Lunatic asylums Madras 1892-1911 - 1892-1911
Year: 1892
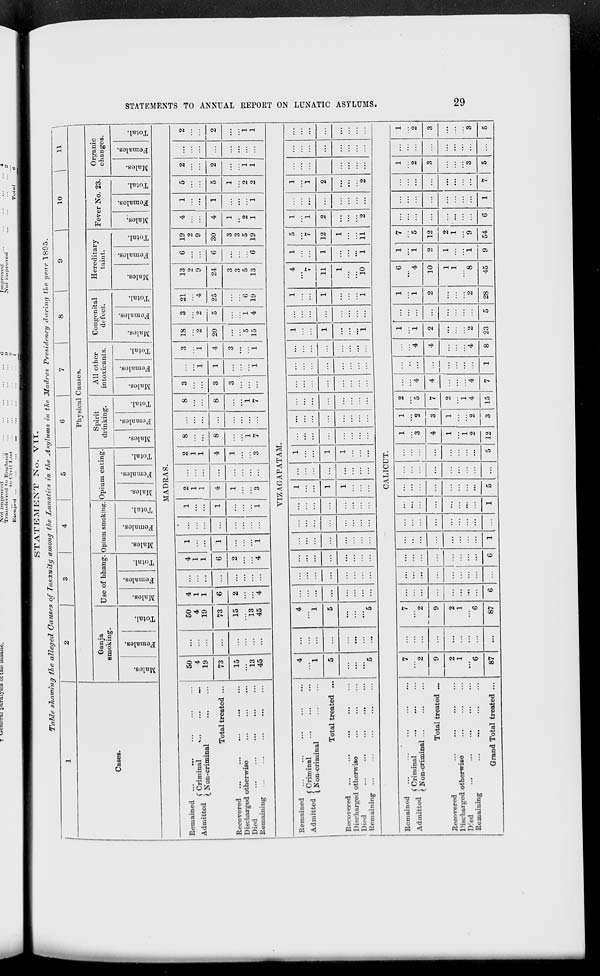
T v*enerai uaraiysis 01 cue insane.
IV" ot improved
Transferred to TCntrl:m<1
,.
to Civil List
K sen IMH! ...
Jinprovd
JN*ot iinprored
STATEMENT ]STo. VII.
Tahle showing the alleged Causes of Insanity among the Lunatics in the Asylums in the Madras Presidency during tie year 1805.
1
2
1 * 1 4
5
6
7
• 1 9 1 10 1 » I
Cases.
Physical Causes.
Ganja
smoking.
Use of bhang. Opium smoking. Opium eating.
Spirit
drinking.
All other
intoxicants.
Congenital
dffect.
Hereditary
taint.
Fever No. 23.
Organic
changes.
DO
O
"3
en
o
3 g
3
O
00
a
3
S 1
o5
0
3
0
E-t
no
O
3
m
0
3
S 3
O
o5
0
f==i
m
0
3
0
3
0
El
00
0
3
0$
3 c 3
0
m
O
3
o3
0
3
0 3
GO
(0
3
DO
O
3
£
Pn
3
0
&H
m
00
0
3
a 3
EH
0?
0
3
03
O
3
a
0
PR
3
0
EH
to
3
CO
0
3
a 3
0
MADRAS.
Remained
.. .„
(Criminal
*..
Admitted J XT
• • i
(_N on-criminal
Total treated ...
Recovered ...
...
...
...
D i scharged otherwise
Died
Remaining
50
4
19
...
50
4
19
4
1
1
6
2
4
...
4
1
1
1 ...
1
2
1
1
...
2
1
1
8
8
1
7
8
3
1
1
3
i
4
18
2
20
5
15
3
2
5
i
4
21
4
25
6
19
13
2
9
6
G
6
19
2
9
30
4
4
1
1
1
5
5
2
2
...
2
73
...
73
6
1
1
4 ...
4
1
3
...
8
3
24
...
2
1
1
15
13
45
15
13
45
2
4
1
...
i
1
3 ...
...
i
7
3
1
3
1
3
3
5
13
3
3
5
19
1
2
1
1
2
2
i
1
VIZAGAPATAM.
Remained
» J -.i A (Criminal
Admitted I kT
...
( Non-criminal
Total treated ...
Recovered
Discharged otherwise
Died
Remaining ...
4
1
...
4
1 ...
...
...
...
...
...
1 ...
1
...
...
...
...
...
...
1
1
1
4
1
5
'V
1
i E
1
1
2
2
...
...
5
5
...
1 ...
1
...
1
11
1
1
12
2
...
...
...
...
*5
...
"5
...
...
1
1
...
...
...
...
1
...
i
1
10
1
11
2
CALICUT.
Remained
» J -^ A f Criminal
Admitted j XT
._. . -
I Non-cnminal ...
Total treated ...
Recovered
Discharged otherwise
Dfed
...
...
...
Remaining
Grand Total treated ...
7
2
7
2
9
G
...
1
...
...
...
...
...
1
3
1
2
3
2
5
7
...
4
••
4
1
i
2
2
23
...
1
1
6
' 4
1
i
7
5
...
...
1
2
...
1
2
3
3
5
9
...
...
4
4
4
7
1
4
4
8
5
2
10
2 12 ...
...
...
3
2
1
' 6
2
1
6
...
G
...
1
5
1
1
2
1
2
2
1
4
2
1
1
8
1
i
2
1
9
54
6
1
7
3
5
87
...
87
5 12
3 15
28
45
9
CO
P3
s
CO
►3
C
Ezi
!zj
to
W
►d
O
P3
©
t- 1
a
^5
t>
H
»—I
Q
i>
CO
a
CQ